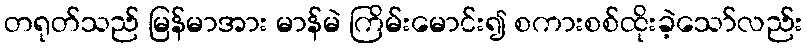
တရုတ်သည် မြန်မာအား မာန်မဲ ကြိမ်းမောင်း၍ စကားစစ်ထိုးခဲ့သော်လည်း